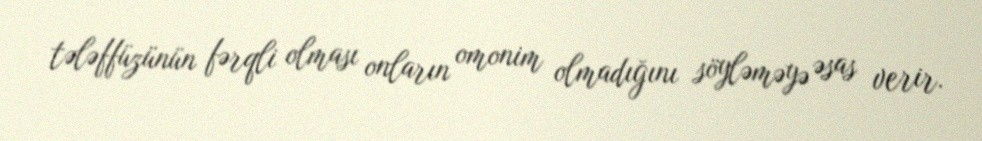
tələffüzünün fərqli olması onların omonim olmadığını söyləməyə əsas verir.